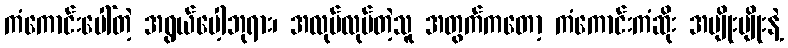
ကံကောင်းပေါ်တဲ့ အရွယ်ပေါ့ဘုရား၊ အလုပ်လုပ်တဲ့သူ အတွက်ကတော့ ကံကောင်းကံဆိုး အမျိုးမျိုးနဲ့